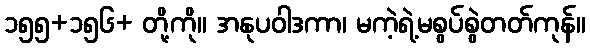
၁၅၅+၁၅၆+ တို့ကို။ အနုပဝါဒကာ၊ မကဲ့ရဲ့မစွပ်စွဲတတ်ကုန်။